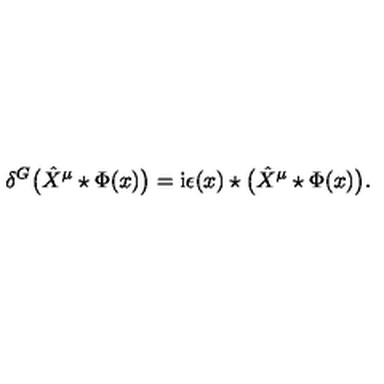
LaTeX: \delta ^ { G } \big ( \hat { X } ^ { \mu } \star \Phi ( x ) \big ) = \mathrm { i } \epsilon ( x ) \star \big ( \hat { X } ^ { \mu } \star \Phi ( x ) \big ) .